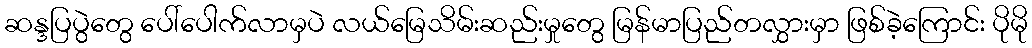
ဆန္ဒပြပွဲတွေ ပေါ်ပေါက်လာမှပဲ လယ်မြေသိမ်းဆည်းမှုတွေ မြန်မာပြည်တလွှားမှာ ဖြစ်ခဲ့ကြောင်း ပိုမို